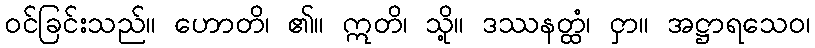
ဝင်ခြင်းသည်။ ဟောတိ၊ ၏။ ဣတိ၊ သို့။ ဒဿနတ္ထံ၊ ငှာ။ အဋ္ဌာရသေဝ၊